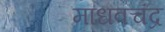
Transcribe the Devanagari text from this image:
माधवचंद्र